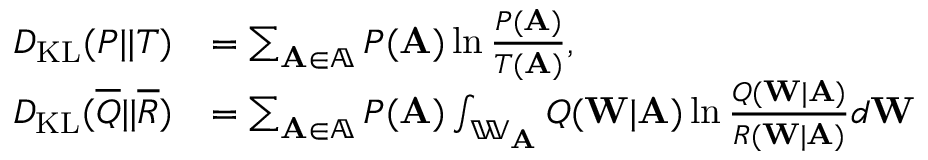
\begin{array} { r l } { D _ { \mathrm { K L } } ( P | | T ) } & { = \sum _ { \mathbf { A } \in \mathbb { A } } P ( \mathbf { A } ) \ln \frac { P ( \mathbf { A } ) } { T ( \mathbf { A } ) } , } \\ { D _ { \mathrm { K L } } ( \overline { { Q } } | | \overline { { R } } ) } & { = \sum _ { \mathbf { A } \in \mathbb { A } } P ( \mathbf { A } ) \int _ { \mathbb { W } _ { \mathbf { A } } } Q ( \mathbf { W } | \mathbf { A } ) \ln \frac { Q ( \mathbf { W } | \mathbf { A } ) } { R ( \mathbf { W } | \mathbf { A } ) } d \mathbf { W } } \end{array}